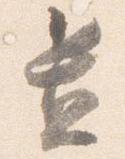
置